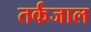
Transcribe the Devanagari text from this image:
तर्कजाल